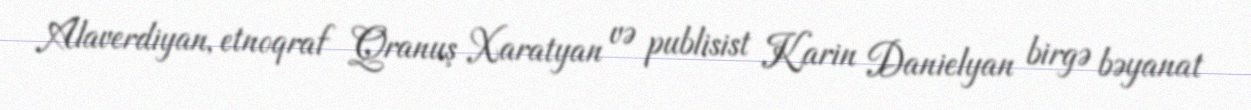
Alaverdiyan, etnoqraf Qranuş Xaratyan və publisist Karin Danielyan birgə bəyanat